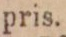
pris.